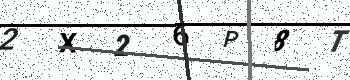
Text: 2X26P8T